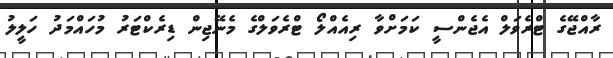
ރާއްޖޭގެ ޓްރެވަލް އެޖެންސީ ކަމަށްވާ ރިއެއްލޯ ޓްރެވަލްގެ މެނޭޖިން ޑިރެކްޓަރު މުހައްމަދު ހަލީލު